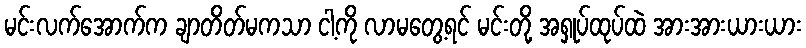
မင်းလက်အောက်က ချာတိတ်မကသာ ငါ့ကို လာမတွေ့ရင် မင်းတို့ အရှုပ်ထုပ်ထဲ အားအားယားယား